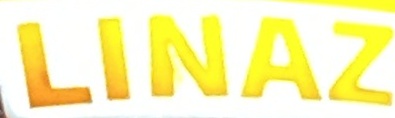
LINAZ